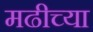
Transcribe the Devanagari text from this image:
मढीच्या